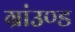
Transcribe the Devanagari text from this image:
ग्रांउण्ड